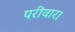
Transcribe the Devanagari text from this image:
परीवार।